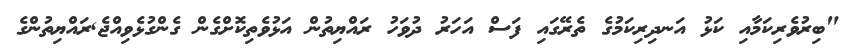
"ބިރުވެރިކަމާއި ކަޅު އަނދިރިކަމުގެ ތެރޭގައި ފަސް އަހަރު ދުވަހު ރައްޔިތުން އަޅުވެތިކޮށްގެން ގެންގުޅެވިއްޖެ